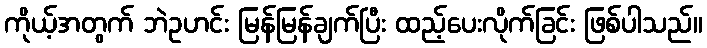
ကိုယ့်အတွက် ဘဲဥဟင်း မြန်မြန်ချက်ပြီး ထည့်ပေးလိုက်ခြင်း ဖြစ်ပါသည်။